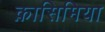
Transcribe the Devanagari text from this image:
क़ासिमिया